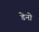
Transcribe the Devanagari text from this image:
डेनो